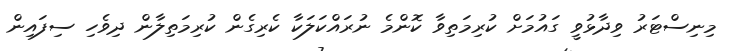
މިނިސްޓަރު ވިދާޅުވީ ގައުމަށް ކުރިމަތިވާ ކޮންމެ ނުރައްކަލަކާ ކެރިގެން ކުރިމަތިލާން ދިވެހި ސިފައިން